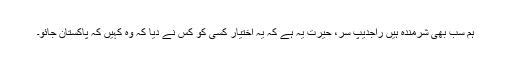
ہم سب بھی شرمندہ ہیں راجدیپ سر، حیرت یہ ہے کہ یہ اختیار کسی کو کس نے دیا کہ وہ کہیں کہ پاکستان جائو۔